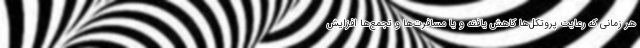
هر زمانی که رعایت پروتکل‌ها کاهش یافته و یا مسافرت‌ها و تجمع‌ها افزایش